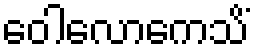
ဝေါလောကေသိံ